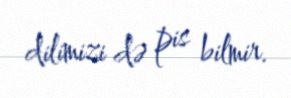
dilimizi də pis bilmir.